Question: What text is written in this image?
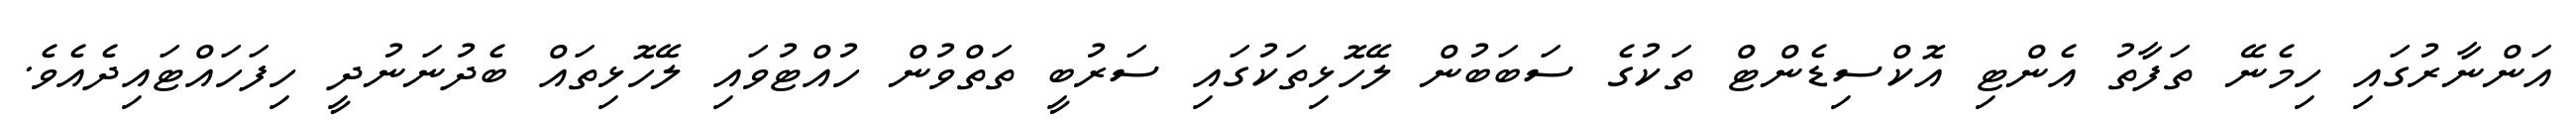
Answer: އަންނާރުގައި ހިމެނޭ ތަފާތު އެންޓި އޮކްސިޑެންޓް ތަކުގެ ސަބަބުން ލޭހޮޅިތަކުގައި ސަރުބީ ތަތްވުން ހުއްޓުވައި ލޭހޮޅިތައް ބެދުނަނުދީ ހިފަހައްޓައިދެއެވެ.